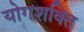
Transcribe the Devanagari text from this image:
योगशक्‍ति